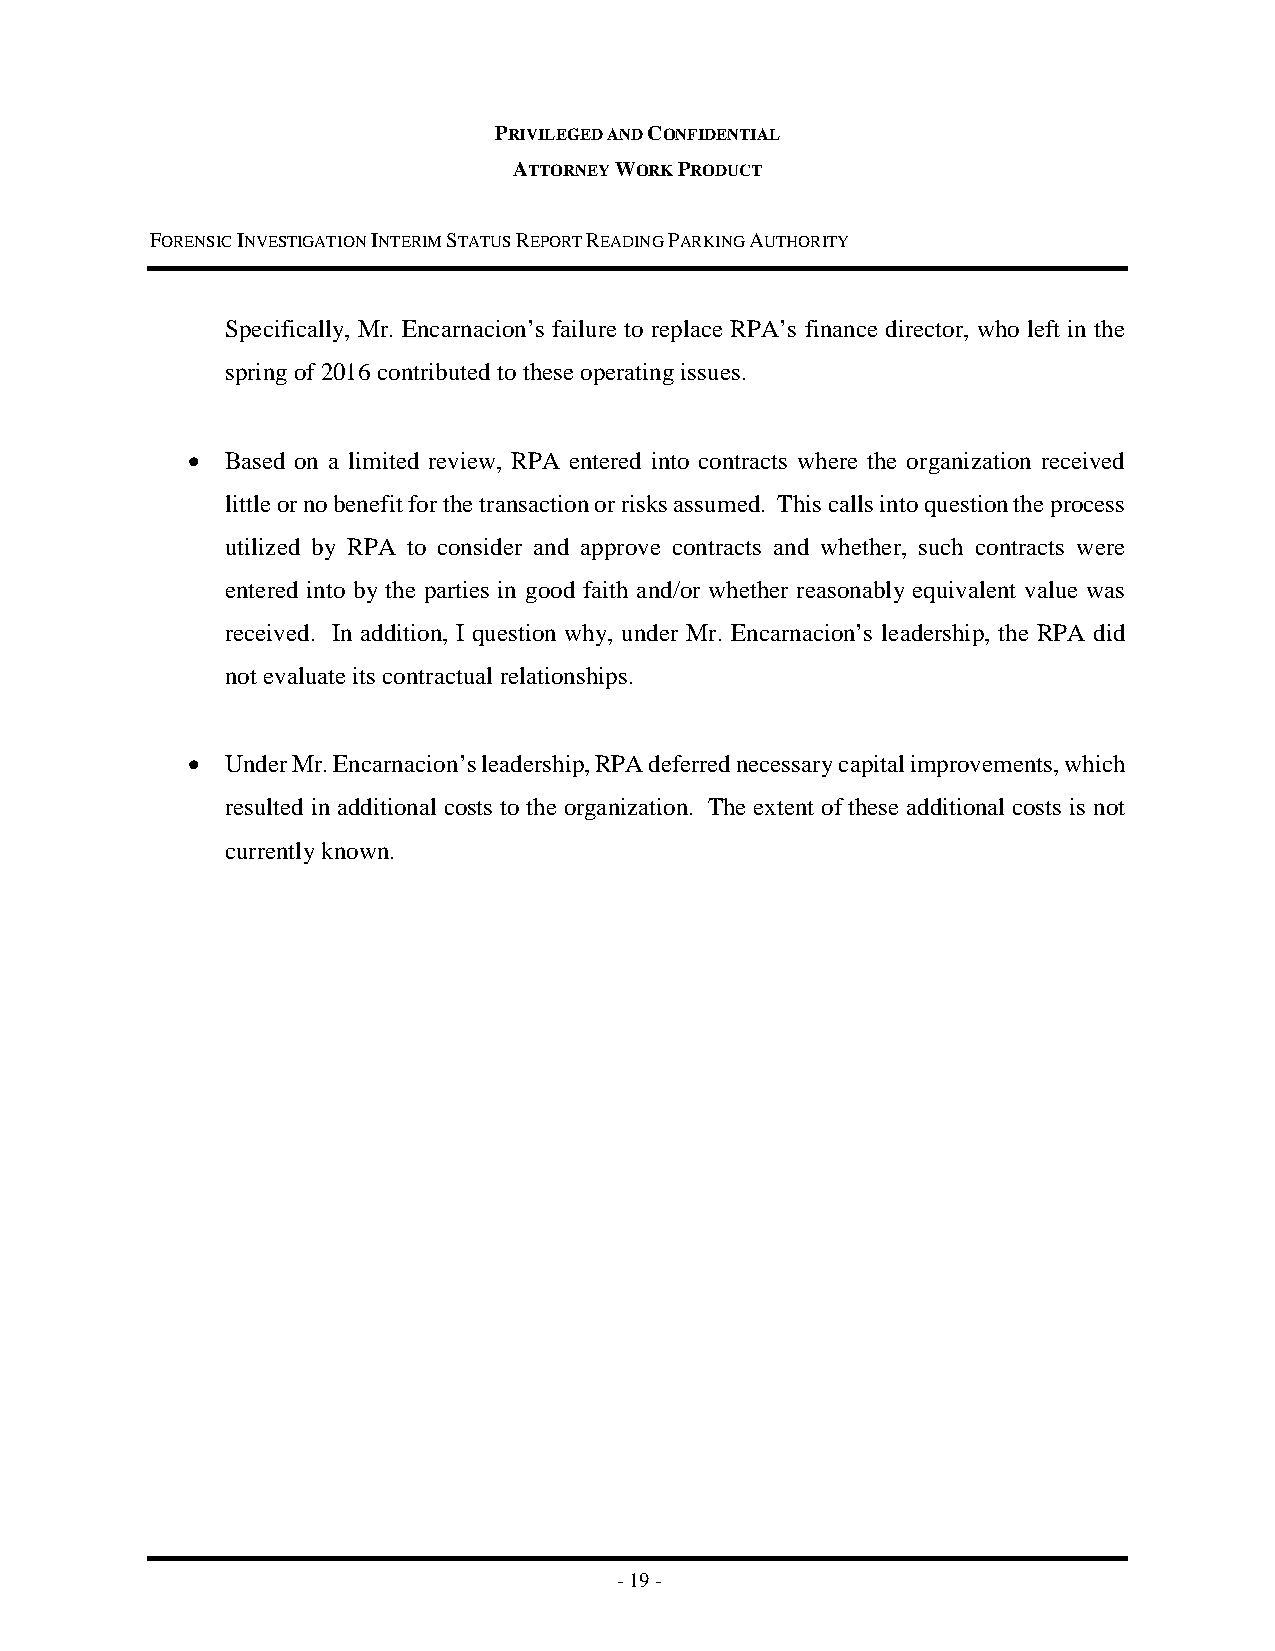
PRIVILEGED AND CONFIDENTIAL
 ATTORNEY WORK PRODUCT
 FORENSIC INVESTIGATION INTERIM STATUS REPORT READING PARKING AUTHORITY
 Specifically, Mr. Encarnacion’s failure to replace RPA’s finance director, who left in the
 spring of 2016 contributed to these operating issues.
 •  Based on a limited review, RPA entered into contracts where the organization received
 little or no benefit for the transaction or risks assumed. This calls into question the process
 utilized by RPA to consider and approve contracts and whether, such contracts were
 entered into by the parties in good faith and/or whether reasonably equivalent value was
 received. In addition, I question why, under Mr. Encarnacion’s leadership, the RPA did
 not evaluate its contractual relationships.
 •  Under Mr. Encarnacion’s leadership, RPA deferred necessary capital improvements, which
 resulted in additional costs to the organization. The extent of these additional costs is not
 currently known.
 - 19 -